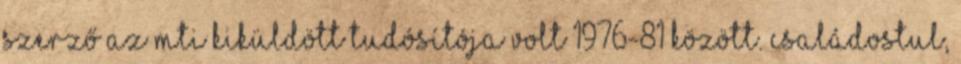
szerző az MTI kiküldött tudósítója volt 1976-81 között. Családostul,